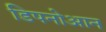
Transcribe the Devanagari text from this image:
डिपनोआन